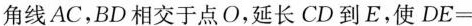
角线AC，BD相交于点O，延长CD到E，使$$DE=